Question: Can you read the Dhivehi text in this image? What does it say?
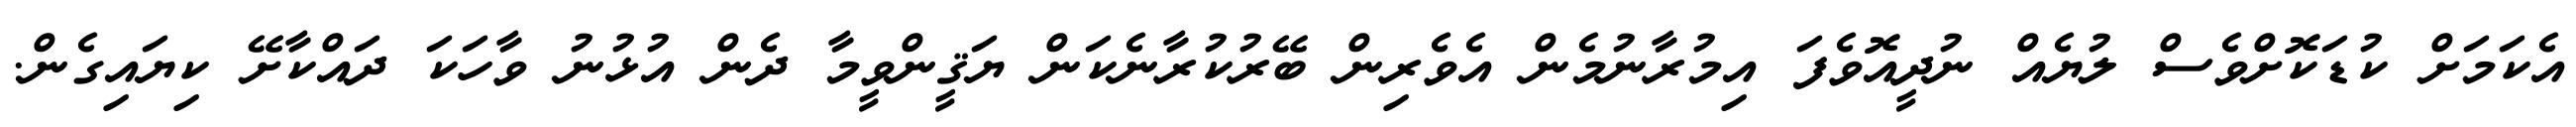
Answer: އެކަމަށް ކުޑަކޮށްވެސް ލުޔެއް ނުދީއޮވެފަ އިމުރާނުމެން އެވެރިން ބޭރުކުރާނެކަން ޔަޤީންވީމާ ދެން އުޅުނު ވާހަކަ ދައްކާށޭ ކިޔައިގެން.